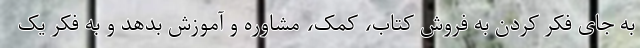
به جای فکر کردن به فروش کتاب، کمک، مشاوره و آموزش بدهد و به فکر یک